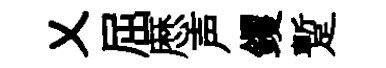
乂屈厯声钁蹔